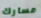
مسارك